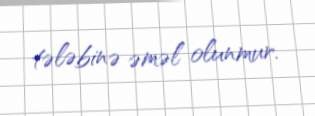
tələbinə əməl olunmur.